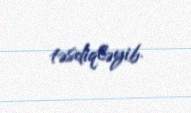
təsdiqləyib.